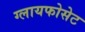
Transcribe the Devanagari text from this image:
ग्लायफोसेट